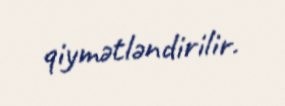
qiymətləndirilir.